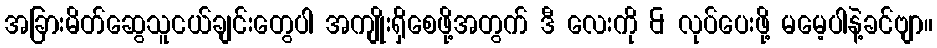
အခြားမိတ်ဆွေသူငယ်ချင်းတွေပါ အကျိုးရှိစေဖို့အတွက် ဒီ လေးကို & လုပ်ပေးဖို့ မမေ့ပါနဲ့ခင်ဗျာ။